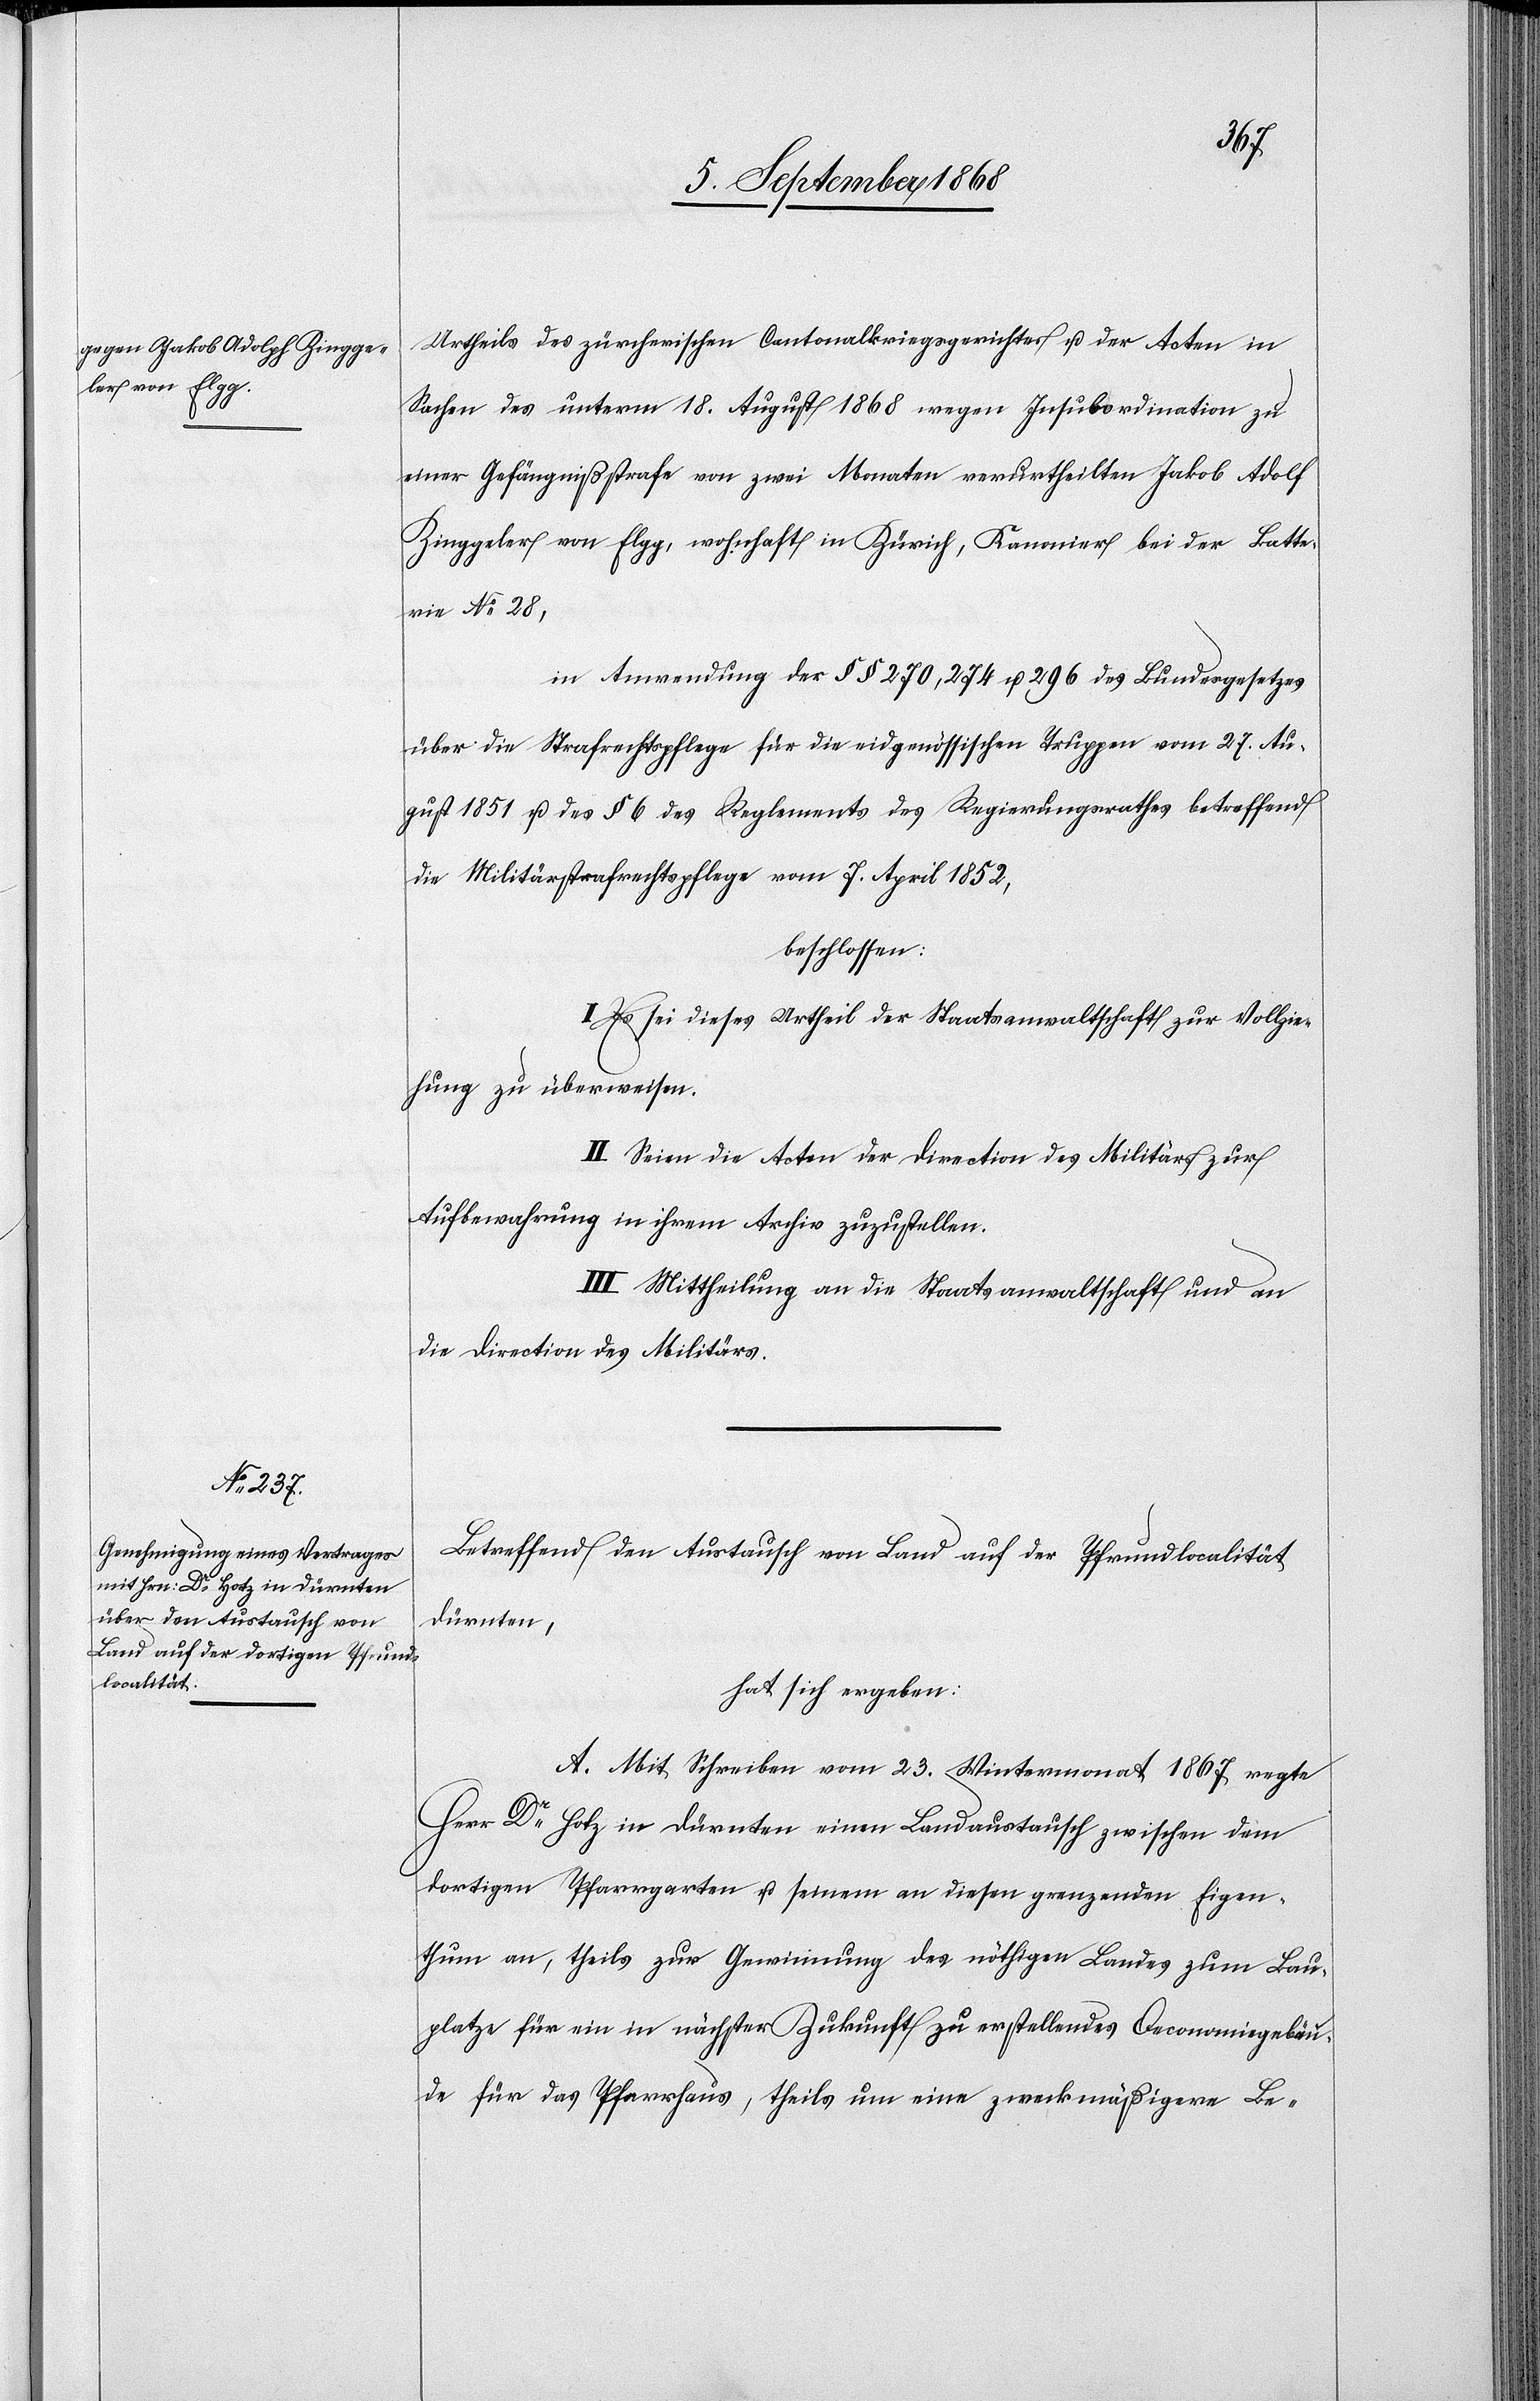
Urtheils des zürcherischen Cantonalkriegsgerichtes u. der Acten in
Sachen des unterm 18. August 1868 wegen Insubordination zu
einer Gefängnißstrafe von zwei Monaten verurtheilten Jakob Adolf
Zinggeler von Elgg, wohnhaft in Zürich, Kanonier bei der Batte¬
rie No 28,
in Anwendung der §§ 270, 274 u. 296 des Bundesgesetzes
über die Strafrechtspflege für die eidgenössischen Truppen vom 27. Au¬
gust 1851 u. des § 6 des Reglements des Regierungsrathes betreffend
die Militärstrafrechtspflege vom 7. April 1852,
beschlossen:
I. Es sei dieses Urtheil der Staatsanwaltschaft zur Vollzie¬
hung zu überweisen.
II. Seien die Acten der Direction des Militärs zur
Aufbewahrung in ihrem Archiv zuzustellen.
III. Mittheilung an die Staatsanwaltschaft und an
die Direction des Militärs.
Betreffend den Austausch von Land auf der Pfrundlocalität
Dürnten,
hat sich ergeben:
A. Mit Schreiben vom 23. Wintermonat 1867 regte
Herr Dr Hotz in Dürnten einen Landaustausch zwischen dem
dortigen Pfarrgarten u. seinem an diesen grenzenden Eigen¬
thum an, theils zur Gewinnung des nöthigen Landes zum Bau¬
platze für ein in nächster Zukunft zu erstellendes Oeconomiegebäu¬
de für das Pfarrhaus, theils um eine zweckmäßigere Be-